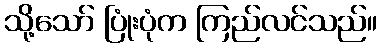
သို့သော် ပြုံးပုံက ကြည်လင်သည်။